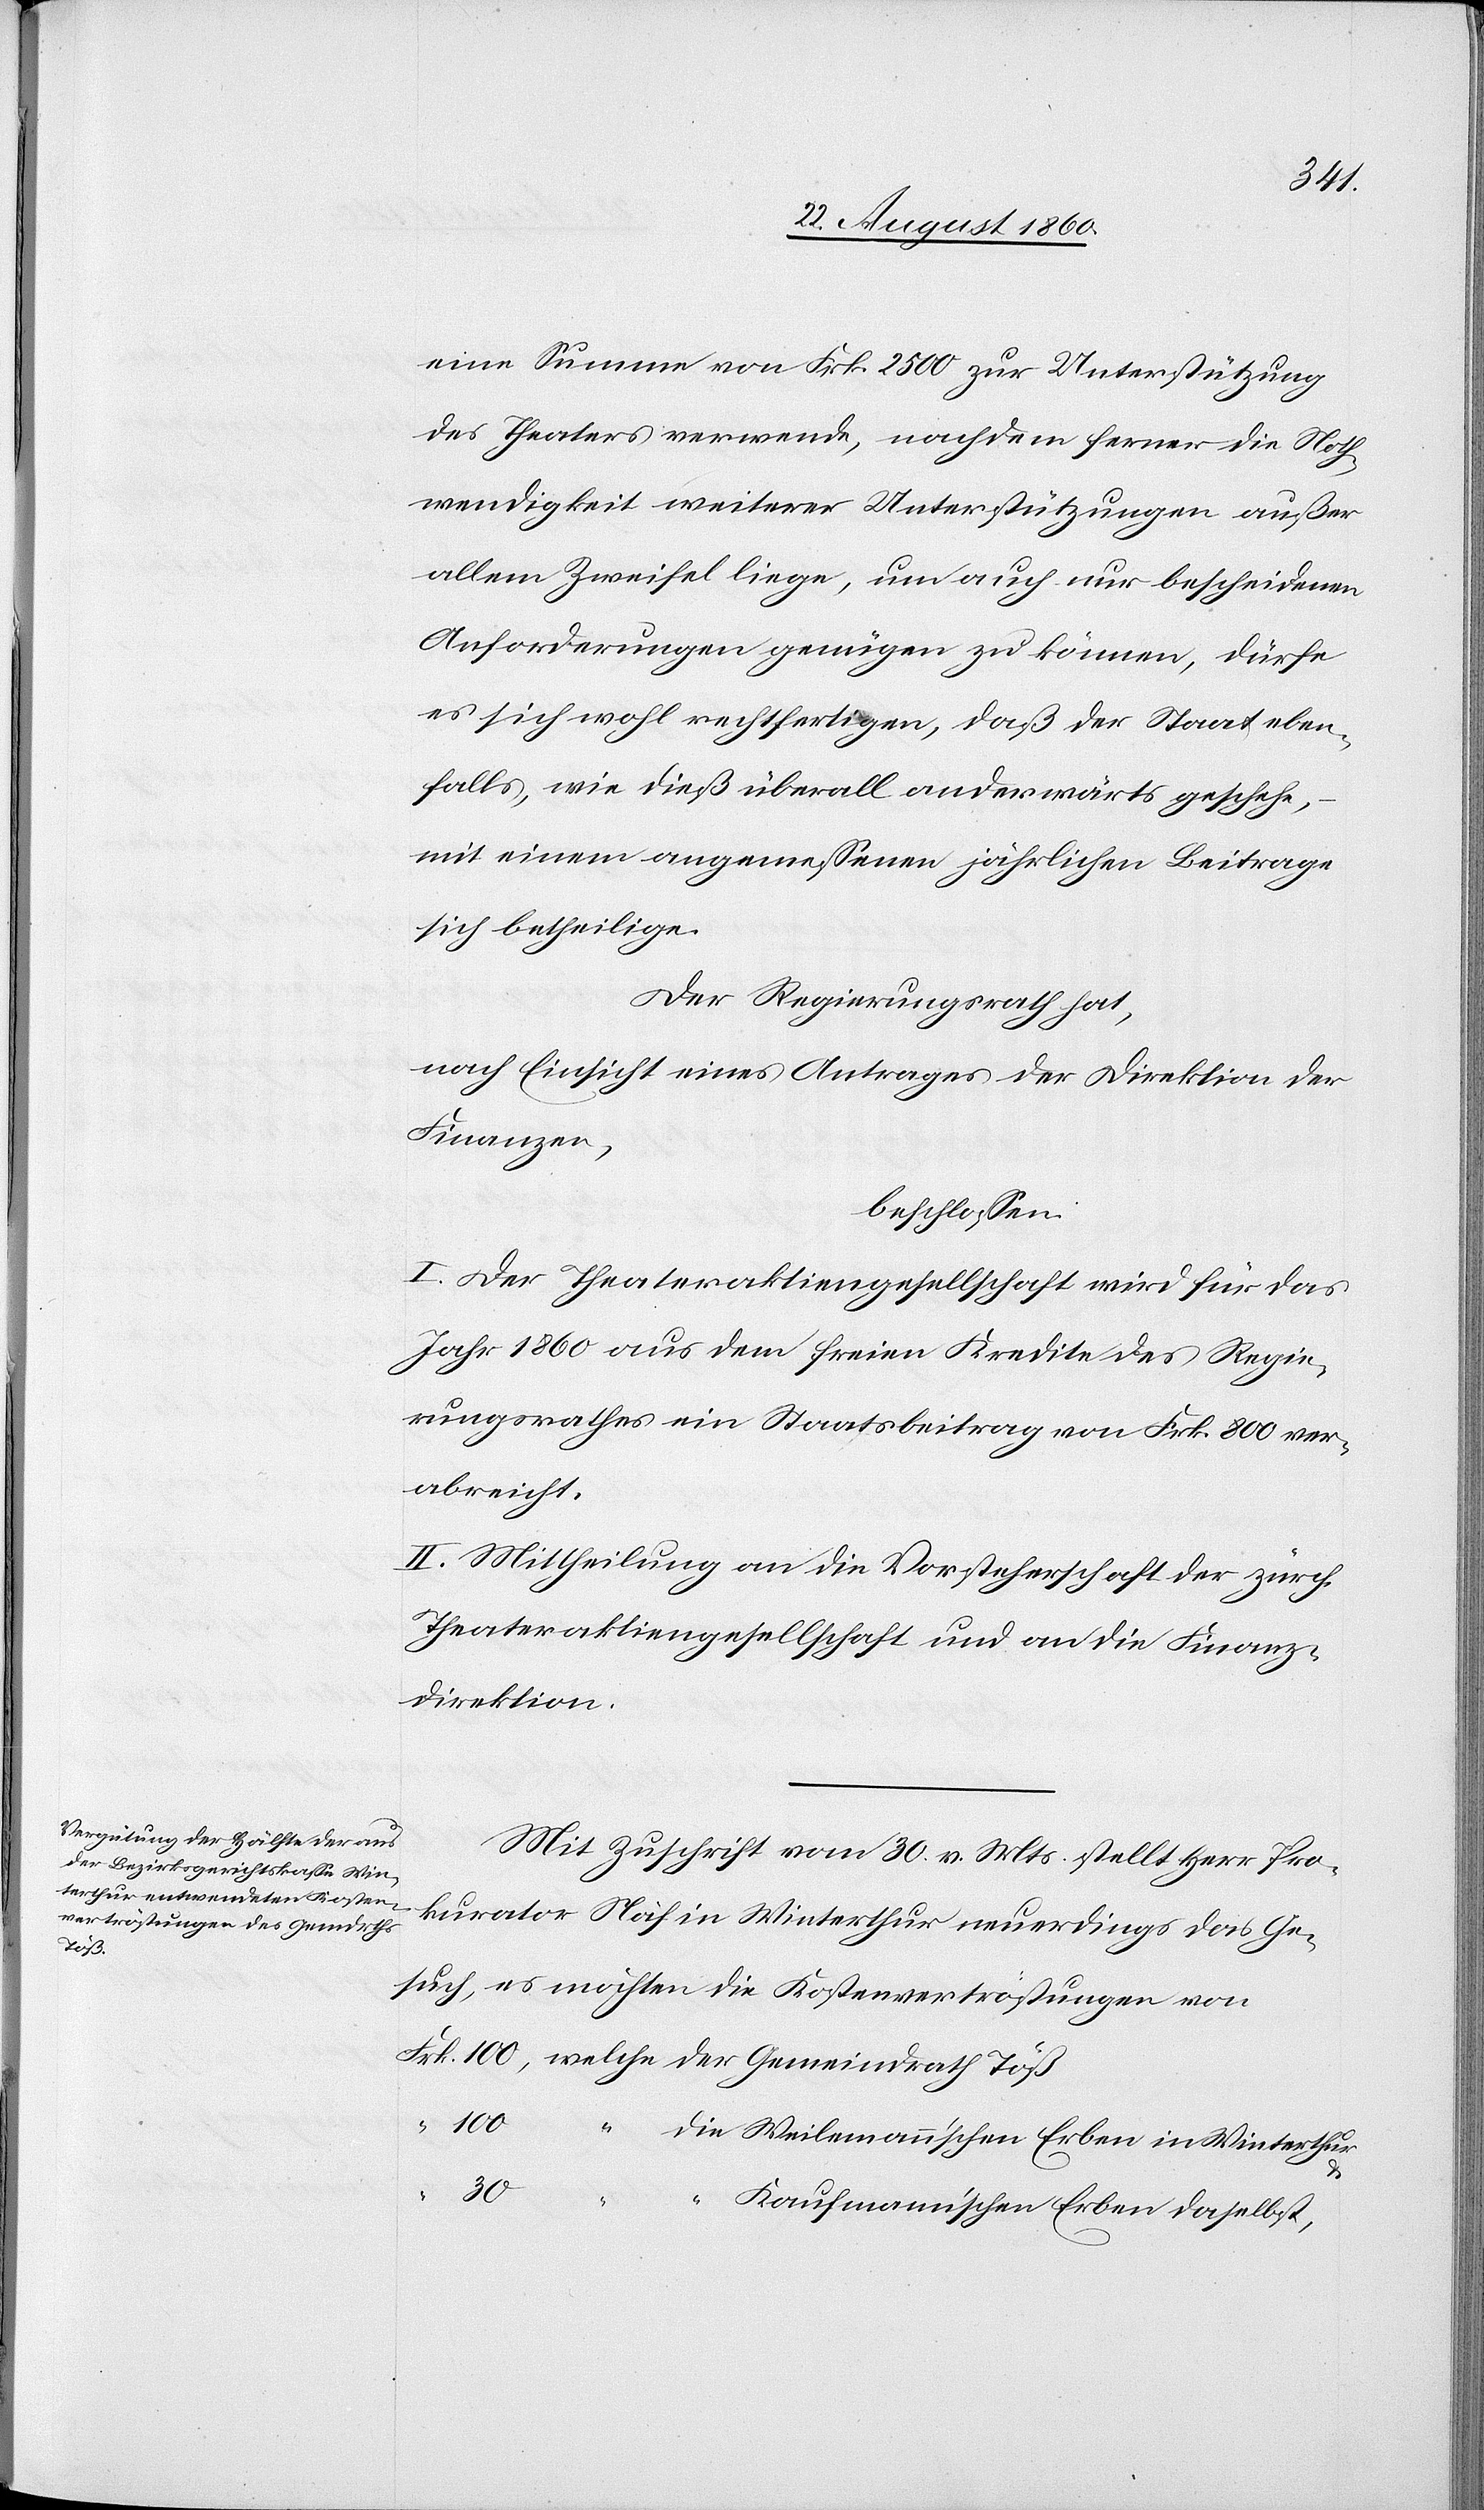
eine Summe von fcs. 2500 zur Unterstützung
des Theaters verwendet, nachdem ferner die Noth¬
wendigkeit weiterer Unterstützungen ausser
allem Zweifel liege, um auch nur bescheidenen
Anforderungen genügen zu können, dürfe
es sich wohl rechtfertigen, dass der Staat eben¬
falls, wie diess überall anderwärts geschehe,
mit einem angemessenen jährlichen Beitrag
sich betheilige.
Der Regierungsrath hat,
nach Einsicht eines Antrages der Direktion der
Finanzen,
beschlossen:
I. Der Theateraktiengesellschaft wird für das
Jahr 1860 aus dem freien Kredite des Regie¬
rungsrathes ein Staatsbeitrag von fcs. 800 ver¬
abreicht.
II. Mittheilung an die Vorsteherschaft der zürch.
Theateraktiengesellschaft und an die Finanz¬
direktion.
Mit Zuschrift vom 30. v. Mts. stellt Herr Pro¬
kurator Näf in Winterthur neuerdings das Ge¬
such, es möchten die Kostenvertröstungen von
eindrath
100
die Weilemannischen Erben in Winterthur
30
Kaufmannischen Erben daselbst